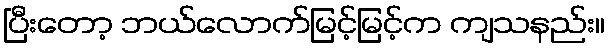
ပြီးတော့ ဘယ်လောက်မြင့်မြင့်က ကျသနည်း။